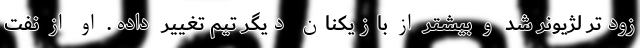
زودتر لژیونر شد و بیشتر از بازیکنان دیگر تیم تغییر داده. او از نفت